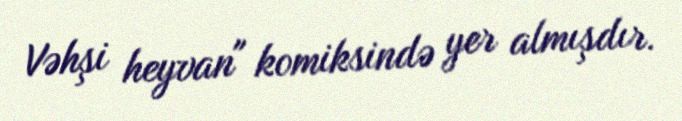
Vəhşi heyvan" komiksində yer almışdır.